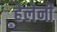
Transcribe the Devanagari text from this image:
हेलेनी